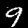
Label: 9